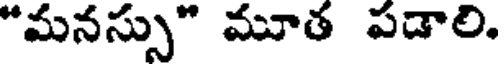
"మనస్సు" మూత పడాలి.